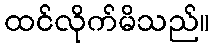
ထင်လိုက်မိသည်။